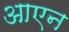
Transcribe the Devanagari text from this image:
आएन